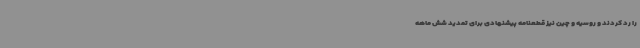
را رد کردند و روسیه و چین نیز قطعنامه پیشنهادی برای تمدید شش ماهه